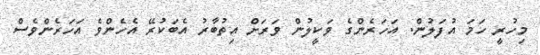
މިހުރީ ހަމަ އުފަލުން. އަހަރެންގެ ވަކީލުން ވަރަށް އިތުބާރު އެބަކުރޭ އެހެންވެ އަހަރެންވެސް